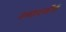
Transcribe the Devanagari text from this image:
उस्तादजींनी